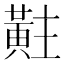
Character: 黈